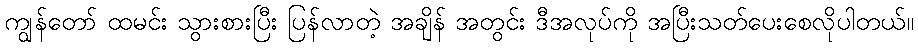
ကျွန်တော် ထမင်း သွားစားပြီး ပြန်လာတဲ့ အချိန် အတွင်း ဒီအလုပ်ကို အပြီးသတ်ပေးစေလိုပါတယ်။